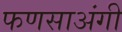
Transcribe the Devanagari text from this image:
फणसाअंगी